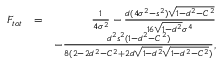
\begin{array} { r l r } { F _ { t o t } } & { = } & { \frac { 1 } { 4 \sigma ^ { 2 } } - \frac { d ( 4 \sigma ^ { 2 } - s ^ { 2 } ) \sqrt { 1 - d ^ { 2 } - C ^ { 2 } } } { 1 6 \sqrt { 1 - d ^ { 2 } } \sigma ^ { 4 } } } \\ & { } & { - \frac { d ^ { 2 } s ^ { 2 } ( 1 - d ^ { 2 } - C ^ { 2 } ) } { 8 ( 2 - 2 d ^ { 2 } - C ^ { 2 } + 2 d \sqrt { 1 - d ^ { 2 } } \sqrt { 1 - d ^ { 2 } - C ^ { 2 } } ) } , } \end{array}